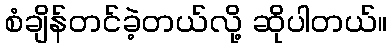
စံချိန်တင်ခဲ့တယ်လို့ ဆိုပါတယ်။